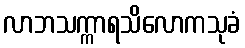
လာဘသက္ကာရသိလောကသုခံ